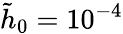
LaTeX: \tilde{h}_{0}=10^{-4}